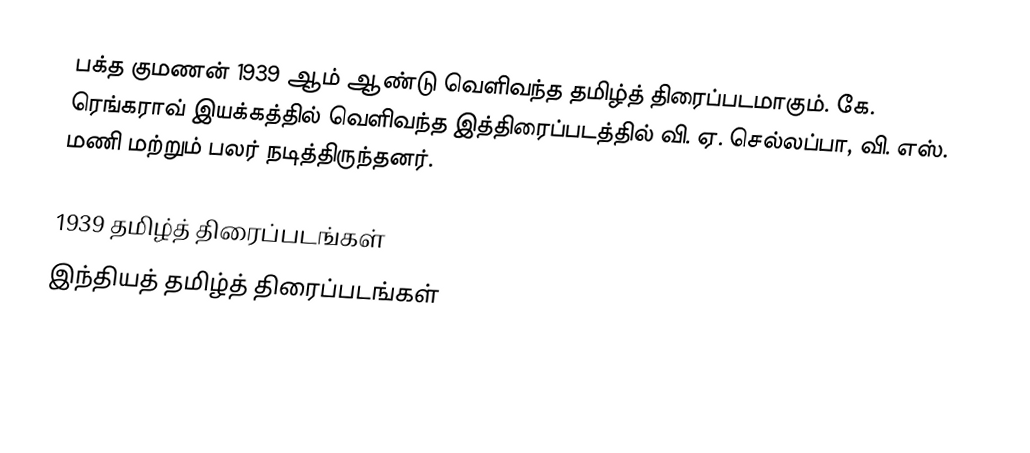
பக்த குமணன் 1939 ஆம் ஆண்டு வெளிவந்த தமிழ்த் திரைப்படமாகும். கே. ரெங்கராவ் இயக்கத்தில் வெளிவந்த இத்திரைப்படத்தில் வி. ஏ. செல்லப்பா, வி. எஸ். மணி மற்றும் பலர் நடித்திருந்தனர்.

1939 தமிழ்த் திரைப்படங்கள்
இந்தியத் தமிழ்த் திரைப்படங்கள்